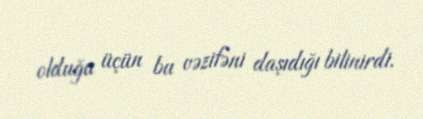
olduğu üçün bu vəzifəni daşıdığı bilinirdi.